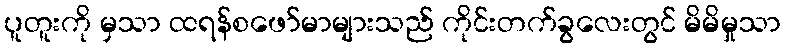
ပူတူးကို မှသာ ထရန်စဖော်မာများသည် ကိုင်းတက်ခွလေးတွင် မိမိမှုသာ